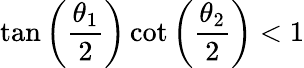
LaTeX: \tan\left(\frac{\theta_{1}}{2}\right)\cot\left(\frac{\theta_{2}}{2}\right)<1